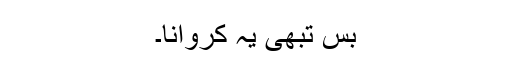
بس تبھی یہ کروانا۔